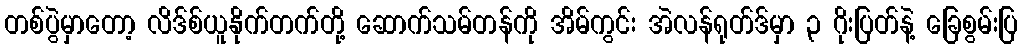
တစ်ပွဲမှာတော့ လိဒ်စ်ယူနိုက်တက်တို့ ဆောက်သမ်တန်ကို အိမ်ကွင်း အဲလန်ရုတ်ဒ်မှာ ၃ ဂိုးပြတ်နဲ့ ခြေစွမ်းပြ